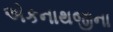
એકનાથજીના